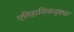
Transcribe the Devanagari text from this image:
एतिहासिकदृष्ट्या